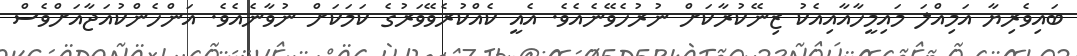
ބައިވެރިޔާ އަމިއްލަ މައިމީހާއާއިއެކު ޒިނޭކުރާކަށް ނުރުހެވޭނެއެވެ. އެއީ ކެއްކުރެވޭވަރުގެ ކަމަކަށް ނުވާނެއެވެ. އަންހެންކުއަޖާއަށްވެސް